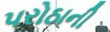
પરોઠાની